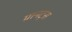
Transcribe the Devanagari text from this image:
ग्रानट्स